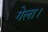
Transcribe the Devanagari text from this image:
गेला।